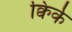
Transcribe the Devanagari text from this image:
क्विर्क